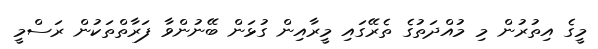
މީގެ އިތުރުން މި މުއްދަތުގެ ތެރޭގައި މީރާއިން ގުޅަން ބޭނުންވާ ފަރާތްތަކުން ރަސްމީ